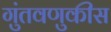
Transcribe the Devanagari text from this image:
गुंतवणुकीस